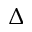
\Delta